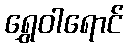
ရွှေဝါရောင်